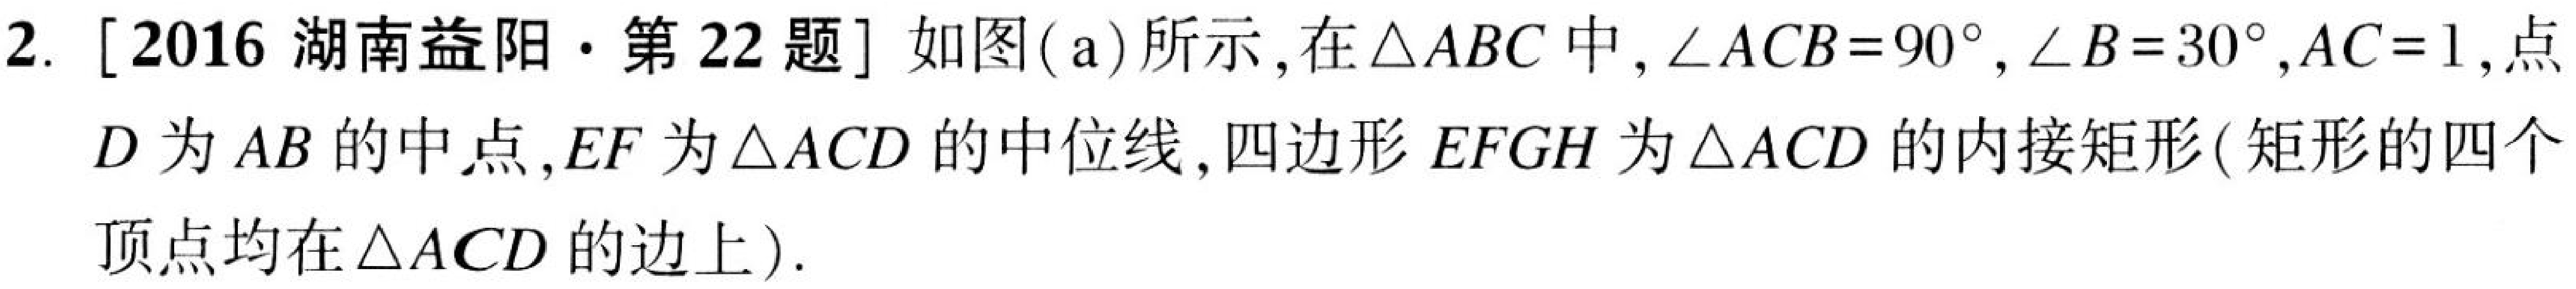
2. [2016 湖南益阳·第 22 题] 如图(a)所示，在\(\triangle ABC\)中，\(\angle ACB = 90^{\circ}\)，\(\angle B = 30^{\circ}\)，\(AC = 1\)，点\(D\)为\(AB\)的中点，\(EF\)为\(\triangle ACD\)的中位线，四边形\(EFGH\)为\(\triangle ACD\)的内接矩形(矩形的四个顶点均在\(\triangle ACD\)的边上).